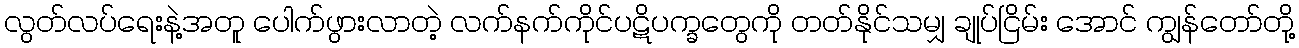
လွတ်လပ်ရေးနဲ့အတူ ပေါက်ဖွားလာတဲ့ လက်နက်ကိုင်ပဋိပက္ခတွေကို တတ်နိုင်သမျှ ချုပ်ငြိမ်း အောင် ကျွန်တော်တို့